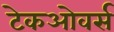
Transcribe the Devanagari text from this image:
टेकओवर्स